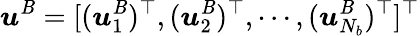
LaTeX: \boldsymbol{u}^{\mathit{B}}=[(\boldsymbol{u}_{1}^{\mathit{B}})^{\top},(\boldsymbol{u}_{2}^{\mathit{B}})^{\top},\cdots,(\boldsymbol{u}_{N_{b}}^{\mathit{B}})^{\top}]^{\top}